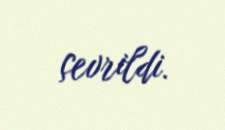
çevrildi.